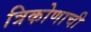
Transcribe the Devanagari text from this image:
त्रिकोणाची